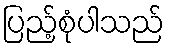
ပြည့်စုံပါသည်